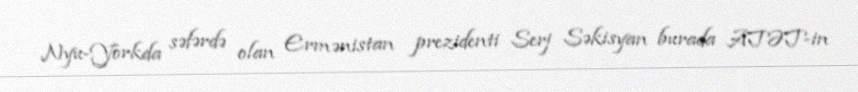
Nyu-Yorkda səfərdə olan Ermənistan prezidenti Serj Səkisyan burada ATƏT-in